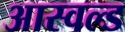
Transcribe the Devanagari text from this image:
आस्वल्ड